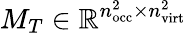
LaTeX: M_{T}\in\mathbb R^{n_{\mathrm{occ}}^{2}\times n_{\mathrm{virt}}^{2}}